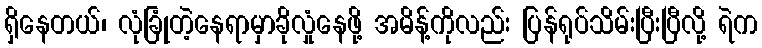
ရှိနေတယ်၊ လုံခြုံတဲ့နေရာမှာခိုလှုံနေဖို့ အမိန့်ကိုလည်း ပြန်ရုပ်သိမ်းပြီးပြီလို့ ရဲက